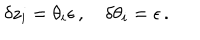
\delta z _ { i } = \theta _ { i } \epsilon \, , \quad \delta \theta _ { i } = \epsilon \, .